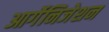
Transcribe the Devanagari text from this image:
आर्गेनिजेशन